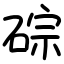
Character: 碂